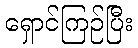
ရှောင်ကြဉ်ပြီး